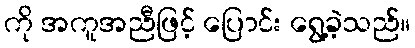
ကို အကူအညီဖြင့် ပြောင်း ရွေ့ခဲ့သည်။